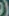
)